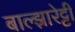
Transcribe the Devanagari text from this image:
बाल्झारेट्टी